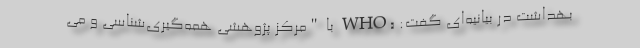
بهداشت در بیانیه‌ای گفت: «WHO با "مرکز پژوهشی همه‌گیری‌شناسی و می